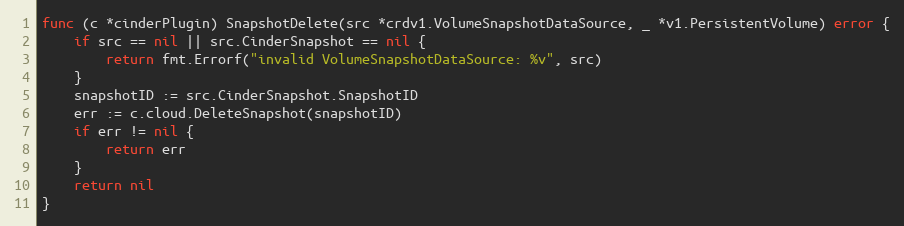
Language: Go
func (c *cinderPlugin) SnapshotDelete(src *crdv1.VolumeSnapshotDataSource, _ *v1.PersistentVolume) error {
	if src == nil || src.CinderSnapshot == nil {
		return fmt.Errorf("invalid VolumeSnapshotDataSource: %v", src)
	}
	snapshotID := src.CinderSnapshot.SnapshotID
	err := c.cloud.DeleteSnapshot(snapshotID)
	if err != nil {
		return err
	}
	return nil
}